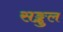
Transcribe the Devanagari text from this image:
सङ्कुल